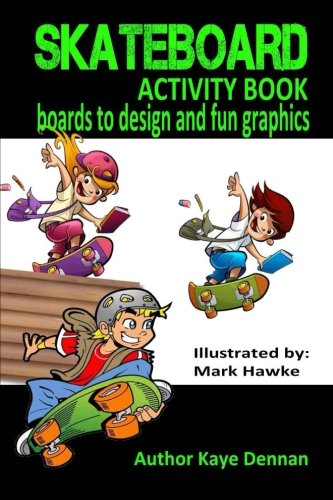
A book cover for Skateboard Activity Book: Boards To Design And Humorous Graphics; Kaye Dennan; Sports & Outdoors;